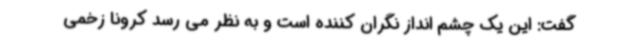
گفت: این یک چشم انداز نگران کننده است و به نظر می رسد کرونا زخمی